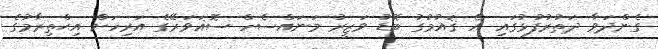
ގެންދަވާ ދަތުރުފުޅުގައި އެ ޤައުމުގު ބޮޑު ވަޒީރު މަނައްސެހް ސޮޣަވަރޭގެ އަރިހަށް އިޙްތިރާމުގެ